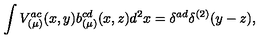
\int V _ { ( \mu ) } ^ { a c } ( x , y ) b _ { ( \mu ) } ^ { c d } ( x , z ) d ^ { 2 } x = \delta ^ { a d } \delta ^ { ( 2 ) } ( y - z ) ,